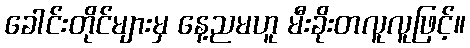
ခေါင်းတိုင်များမှ နေ့ညမဟူ မီးခိုးတလူလူဖြင့်။